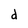
Character: d